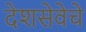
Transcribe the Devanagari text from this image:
देशसेवेचे